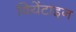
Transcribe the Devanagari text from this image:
वियेंटाइन